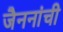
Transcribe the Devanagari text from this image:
जैननांची